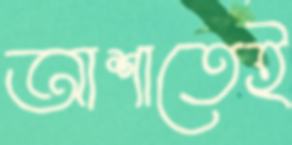
আশাতেই